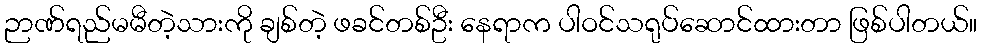
ဉာဏ်ရည်မမီတဲ့သားကို ချစ်တဲ့ ဖခင်တစ်ဦး နေရာက ပါဝင်သရုပ်ဆောင်ထားတာ ဖြစ်ပါတယ်။